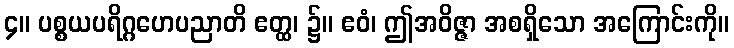
၄။ ပစ္စယပရိဂ္ဂဟေပညာတိ ဧတ္ထ၊ ၌။ ဧဝံ၊ ဤအဝိဇ္ဇာ အစရှိသော အကြောင်းကို။